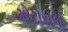
મોટોરોલા